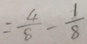
= \frac { 4 } { 8 } - \frac { 1 } { 8 }